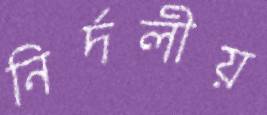
নির্দলীয়